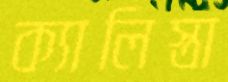
ক্যালিস্তা